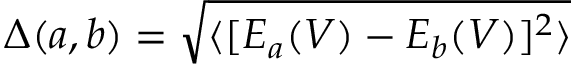
\Delta ( a , b ) = \sqrt { \langle [ E _ { a } ( V ) - E _ { b } ( V ) ] ^ { 2 } \rangle }